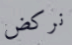
نركض